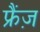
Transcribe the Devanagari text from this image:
फ्रैंज़